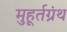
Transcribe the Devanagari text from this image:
मुहूर्तग्रंथ